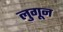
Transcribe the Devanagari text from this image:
लुगून